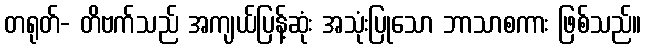
တရုတ်- တိဗက်သည် အကျယ်ပြန့်ဆုံး အသုံးပြုသော ဘာသာစကား ဖြစ်သည်။